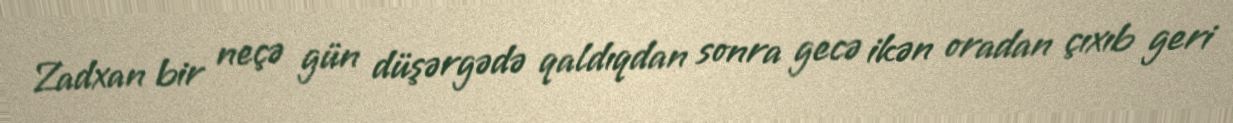
Zadxan bir neçə gün düşərgədə qaldıqdan sonra gecə ikən oradan çıxıb geri